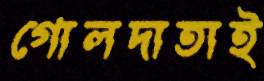
গোলদাতাই